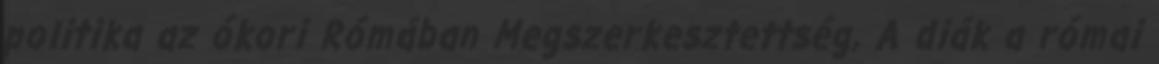
politika az ókori Rómában Megszerkesztettség, A diák a római